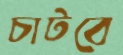
চাটবে